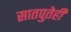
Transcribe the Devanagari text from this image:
सातपुतेही